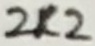
Text: 2K2